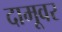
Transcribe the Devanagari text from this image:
दामूवर